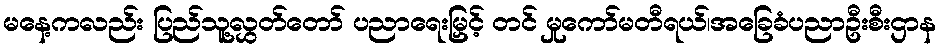
မနေ့ကလည်း ပြည်သူ့လွှတ်တော် ပညာရေးမြှင့် တင် မှုကော်မတီရယ်၊အခြေခံပညာဦးစီးဌာန